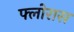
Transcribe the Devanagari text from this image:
फ्लोरास